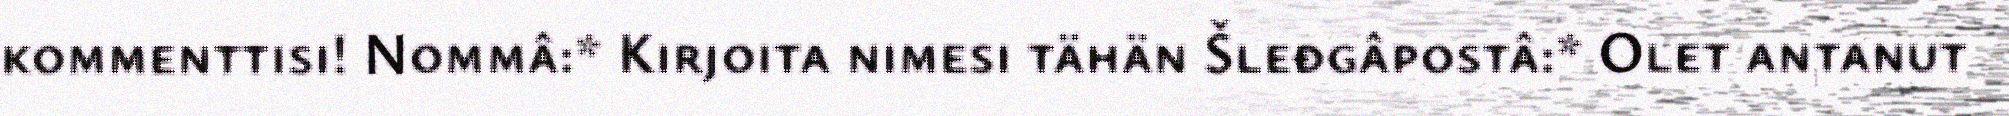
kommenttisi! Nommâ:* Kirjoita nimesi tähän Šleđgâpostâ:* Olet antanut